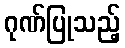
ဂုဏ်ပြုသည့်